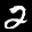
Label: 2